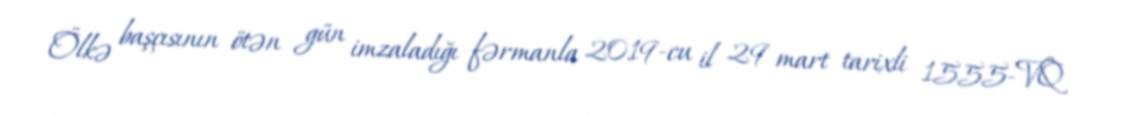
Ölkə başçısının ötən gün imzaladığı fərmanla 2019-cu il 29 mart tarixli 1555-VQ